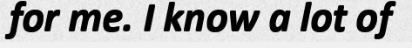
for me. I know a lot of